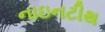
નાઇનટીથ